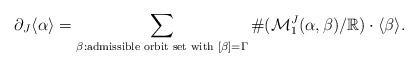
LaTeX: \begin{align*} \partial_{J} \langle \alpha \rangle=\sum_{\beta:\mathrm{admissible\,\,orbit\,\,set\,\,with\,\,}[\beta]=\Gamma} \# (\mathcal{M}_{1}^{J}(\alpha,\beta)/\mathbb{R})\cdot \langle \beta \rangle.\end{align*}